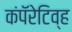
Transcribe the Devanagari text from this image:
कंपॅरेटिव्ह